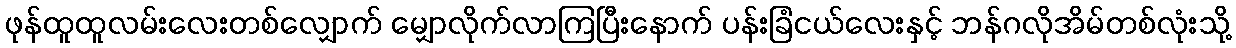
ဖုန်ထူထူလမ်းလေးတစ်လျှောက် မျှောလိုက်လာကြပြီးနောက် ပန်းခြံငယ်လေးနှင့် ဘန်ဂလိုအိမ်တစ်လုံးသို့